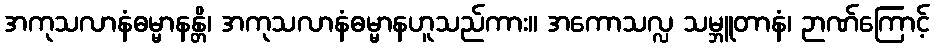
အကုသလာနံဓမ္မာနန္တိ၊ အကုသလာနံဓမ္မာနဟူသည်ကား။ အကောသလ္လ သမ္ဘူတာနံ၊ ဉာဏ်ကြောင့်